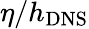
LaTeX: \eta/{{h}_{\mathrm{{DNS}}}}